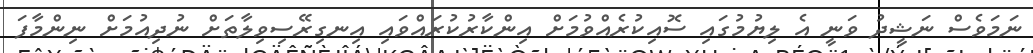
ނަމަވެސް ނަޝީދު ވަނީ އެ ލިޔުމުގައި ސޮއިކުރެއްވުމަށް އިންކާރުކުރައްވައި އިނގިރޭސިވިލާތަށް ނުދިއުމަށް ނިންމާފަ